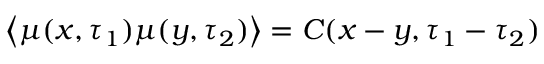
\left< \mu ( \boldsymbol { x } , \tau _ { 1 } ) \mu ( \boldsymbol { y } , \tau _ { 2 } ) \right> = C ( \boldsymbol { x } - \boldsymbol { y } , \tau _ { 1 } - \tau _ { 2 } )